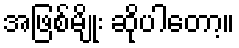
အဖြစ်မျိုး ဆိုပါတော့။